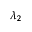
\lambda _ { 2 }